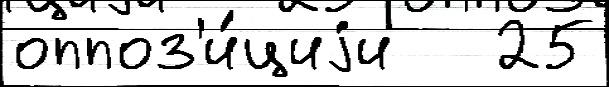
оппоз'и́циjи   25